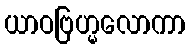
ယာဝဗြဟ္မလောကာ